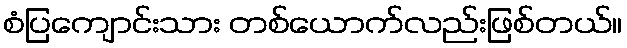
စံပြကျောင်းသား တစ်ယောက်လည်းဖြစ်တယ်။